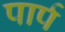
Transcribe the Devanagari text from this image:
पार्प